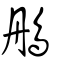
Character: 鴅